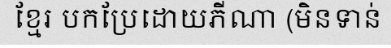
ខ្មែរ បកប្រែដោយភីណា (មិនទាន់